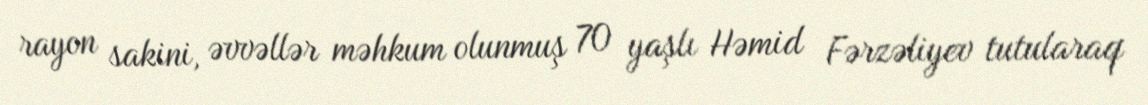
rayon sakini, əvvəllər məhkum olunmuş 70 yaşlı Həmid Fərzəliyev tutularaq